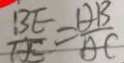
\frac { B E } { H E } = \frac { D B } { A C }